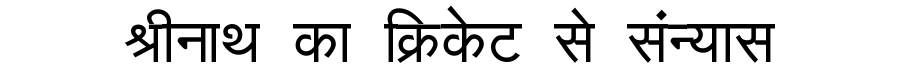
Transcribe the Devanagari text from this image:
श्रीनाथ का क्रिकेट से संन्यास